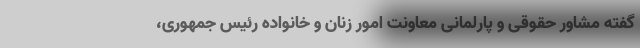
گفته مشاور حقوقی و پارلمانی معاونت امور زنان و خانواده رئیس جمهوری،